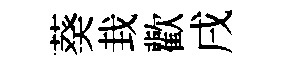
葵㘽歡戌